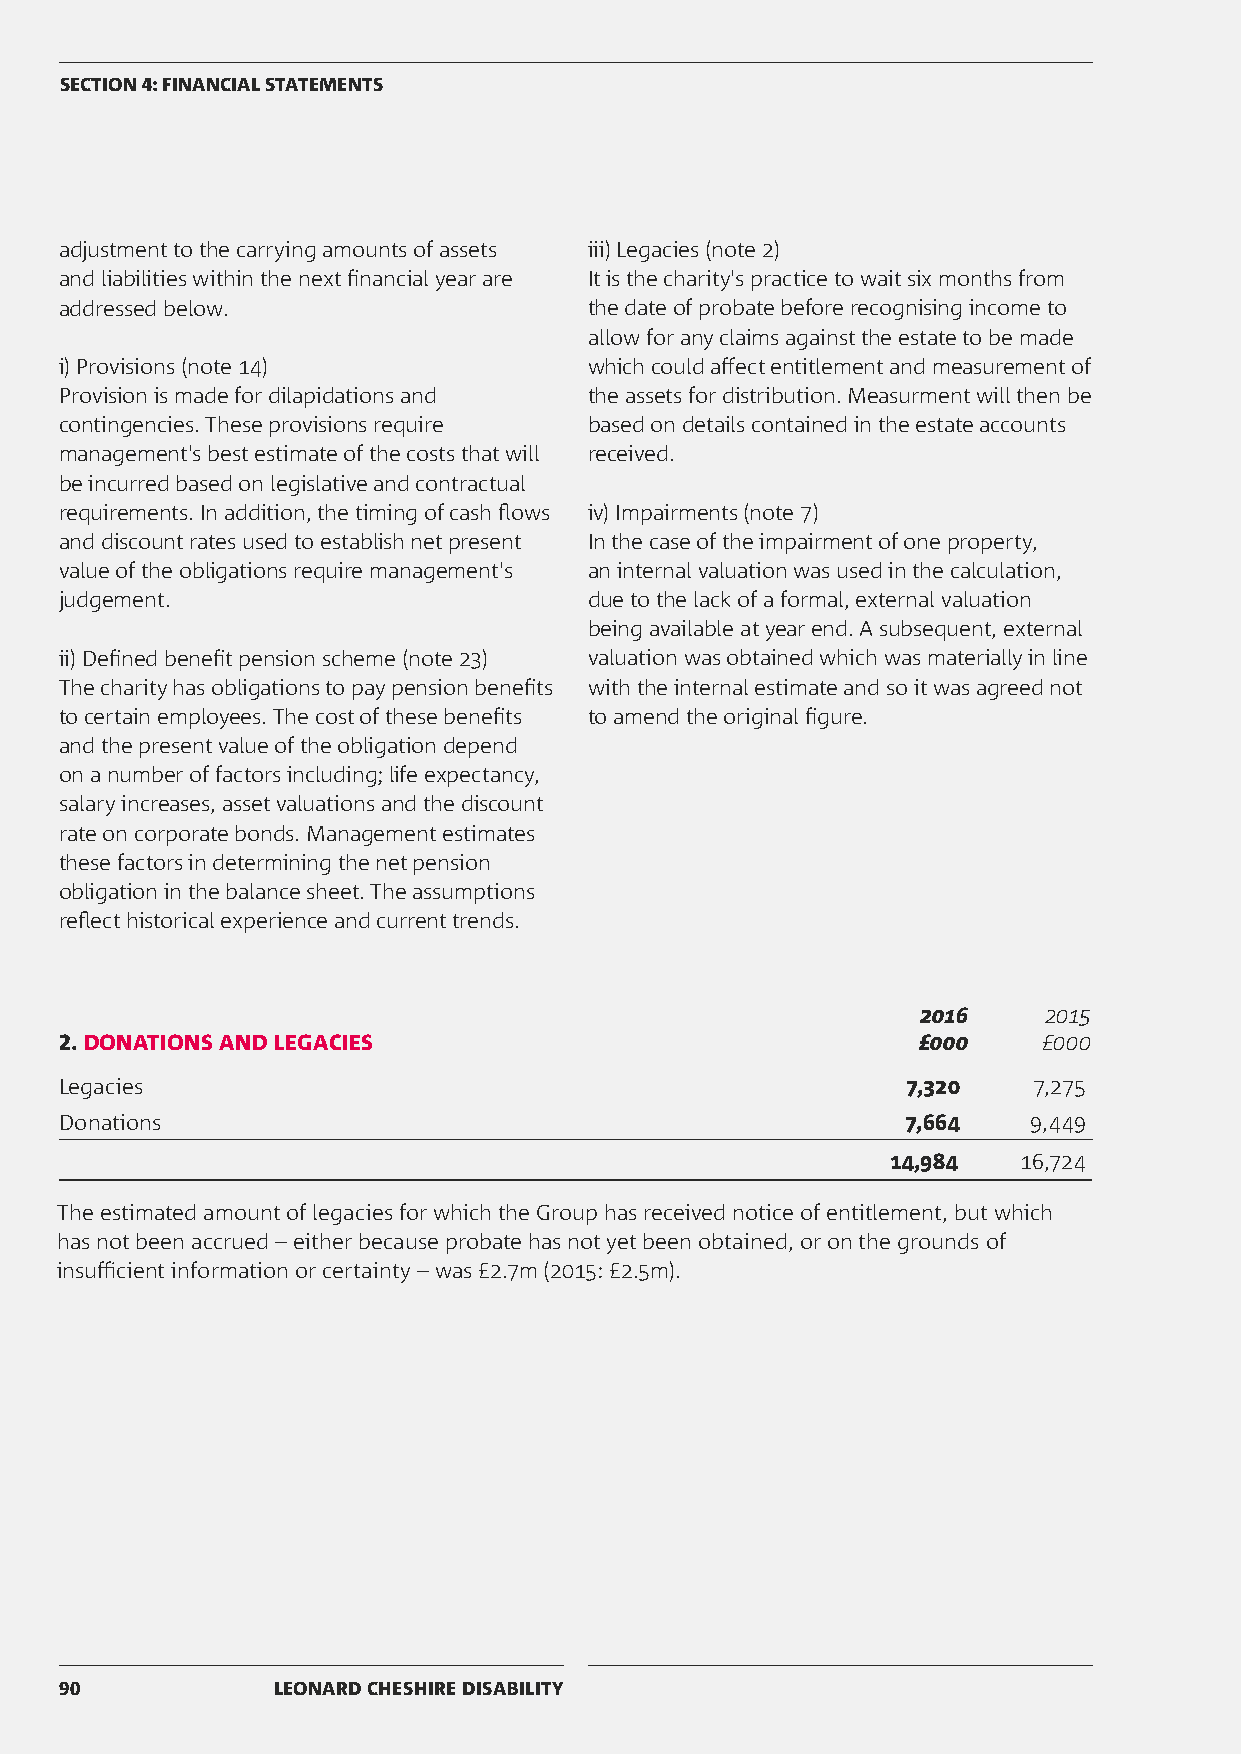
SECTION 4: FINANCIAL STATEMENTS
 adjustment to the carrying amounts of assets iii) Legacies (note 2)
 and liabilities within the next financial year are It is the charity's practice to wait six months from
 addressed below.                   the date of probate before recognising income to
 allow for any claims against the estate to be made
 i) Provisions (note 14)            which could affect entitlement and measurement of
 Provision is made for dilapidations and the assets for distribution. Measurment will then be
 contingencies. These provisions require based on details contained in the estate accounts
 management's best estimate of the costs that will received.
 be incurred based on legislative and contractual
 requirements. In addition, the timing of cash flows iv) Impairments (note 7)
 and discount rates used to establish net present In the case of the impairment of one property,
 value of the obligations require management's an internal valuation was used in the calculation,
 judgement.                         due to the lack of a formal, external valuation
 being available at year end. A subsequent, external
 ii) Defined benefit pension scheme (note 23) valuation was obtained which was materially in line
 The charity has obligations to pay pension benefits with the internal estimate and so it was agreed not
 to certain employees. The cost of these benefits to amend the original figure.
 and the present value of the obligation depend
 on a number of factors including; life expectancy,
 salary increases, asset valuations and the discount
 rate on corporate bonds. Management estimates
 these factors in determining the net pension
 obligation in the balance sheet. The assumptions
 reflect historical experience and current trends.
 2016    2015
 2. DONATIONS AND LEGACIES                                £000    £000
 Legacies                                                7,320   7,275
 Donations                                               7,664   9,449
 14,984   16,724
 The estimated amount of legacies for which the Group has received notice of entitlement, but which
 has not been accrued – either because probate has not yet been obtained, or on the grounds of
 insufficient information or certainty – was £2.7m (2015: £2.5m).
 90            LEONARD CHESHIRE DISABILITY